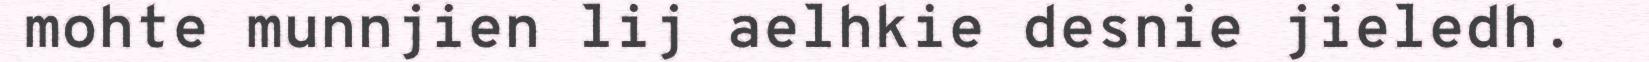
mohte munnjien lij aelhkie desnie jieledh.